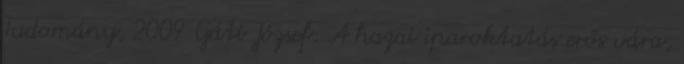
Tudomány, 2009 Gáti József: A hazai iparoktatás erős vára,